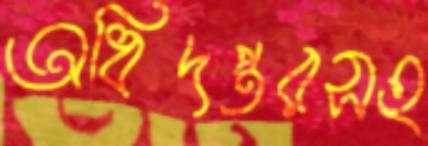
অধিদপ্তরসহ